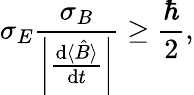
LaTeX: \sigma_{E}{\frac{\sigma_{B}}{\left|{\frac{\mathrm{d}\langle{\hat{B}}\rangle}{\mathrm{d}t}}\right|}}\geq{\frac{\hbar}{2}},